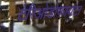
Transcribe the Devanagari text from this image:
टेरिओडोफायटा